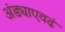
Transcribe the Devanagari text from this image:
अंड्याएवढं